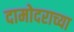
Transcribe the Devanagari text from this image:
दामोदराच्या